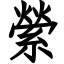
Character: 縈